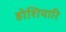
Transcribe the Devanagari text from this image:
होशियारि